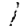
Digit: 1